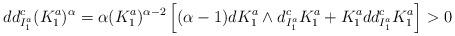
LaTeX: \begin{align*}dd^c_{I_1^a}(K_1^a)^\alpha = \alpha(K_1^a)^{\alpha-2}\left[(\alpha - 1)dK_1^a\wedge d^c_{I_1^a}K_1^a + K_1^add^c_{I_1^a}K_1^a \right] > 0\end{align*}